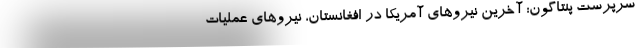
سرپرست پنتاگون: آخرین نیروهای آمریکا در افغانستان، نیروهای عملیات